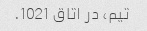
تیم، در اتاق 1021.